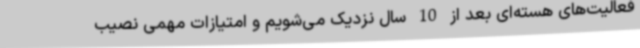
فعالیت‌های هسته‌ای بعد از 10 سال نزدیک می‌شویم و امتیازات مهمی نصیب